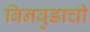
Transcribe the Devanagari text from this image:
बिनबुडाची